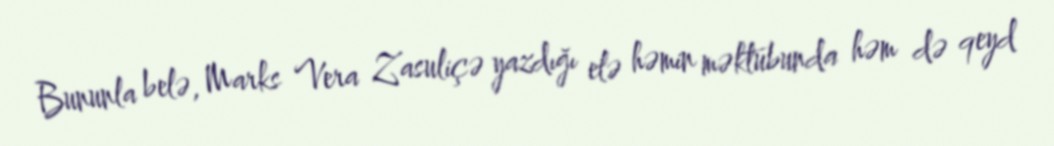
Bununla belə, Marks Vera Zasuliçə yazdığı elə həmin məktubunda həm də qeyd